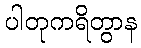
ပါတုကရိတွာန